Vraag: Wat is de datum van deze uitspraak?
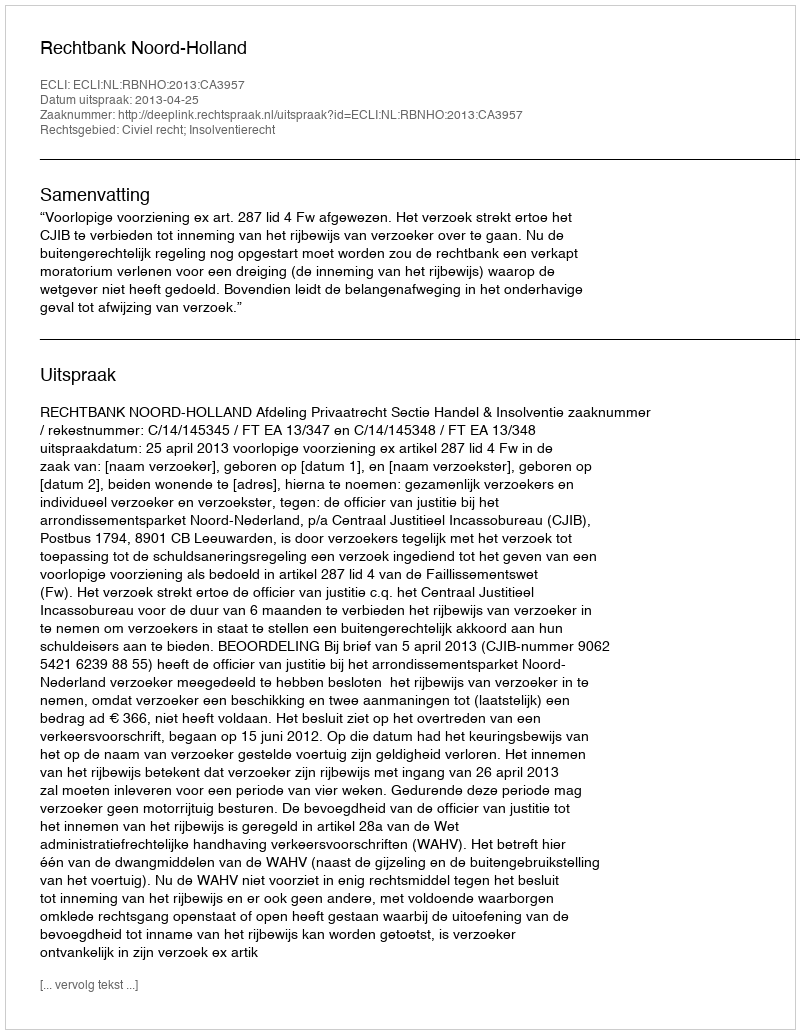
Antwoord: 2013-04-25